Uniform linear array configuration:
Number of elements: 12
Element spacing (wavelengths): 1
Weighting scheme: kaiser
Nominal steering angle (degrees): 15
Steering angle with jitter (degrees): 15.484
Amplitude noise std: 0.05
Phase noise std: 0.05

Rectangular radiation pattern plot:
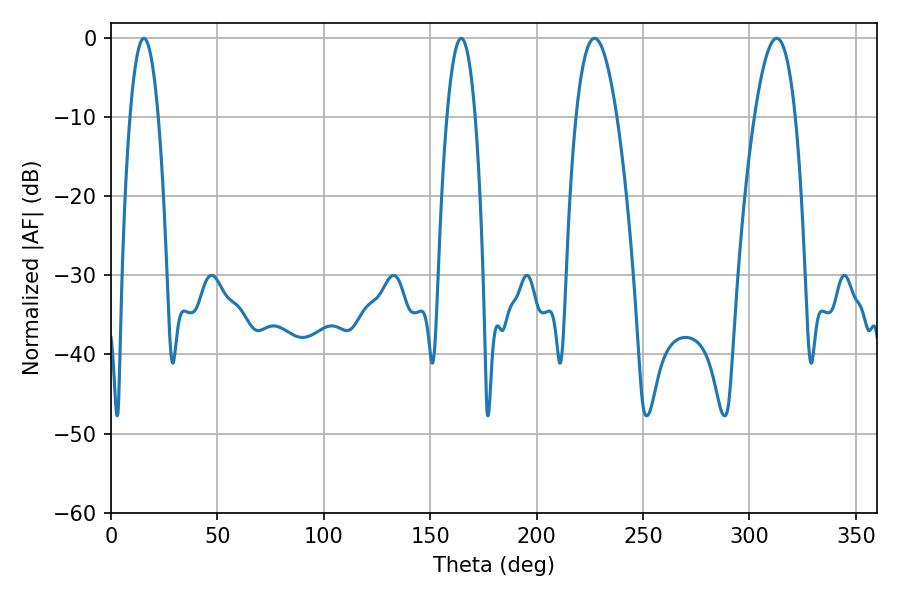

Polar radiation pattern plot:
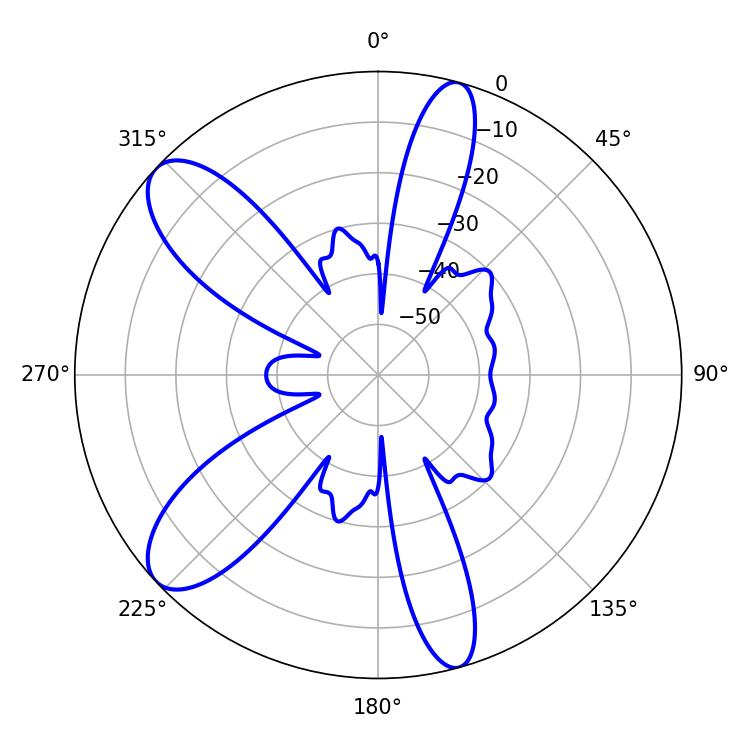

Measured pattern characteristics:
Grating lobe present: TRUE
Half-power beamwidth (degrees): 10.62
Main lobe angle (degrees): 227.16